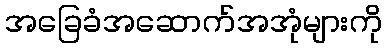
အခြေခံအဆောက်အအုံများကို